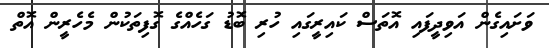
ވަށައިގެން އަވިދީފައި އޮތަސް ކައިރީގައި ހުރި ބޮޑު ގަހެއްގެ ގޮފިތަކުން މެހެރީން އޮތް